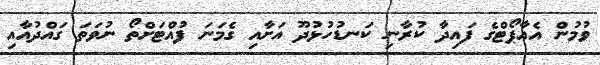
ވުމުން އެއާޕޯޓްގެ ފައިދާ ކުރާނި ކަނޑުހުޅުދޫ އަށާއި ގެމަނަ ފުއްޓަށްތޯ ނުވަތަ ގައްދުއާއި